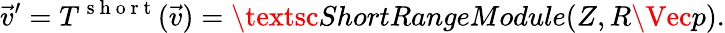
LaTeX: \vec{v}^{\prime}=T^{\mathrm{~s~h~o~r~t~}}(\vec{v})=\textsc{ShortRangeModule}(Z,R\Vec{p}).